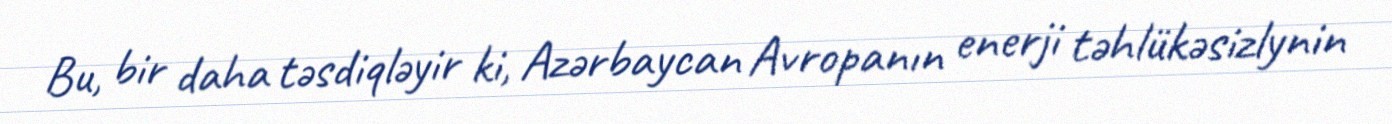
Bu, bir daha təsdiqləyir ki, Azərbaycan Avropanın enerji təhlükəsizlynin